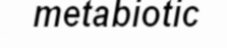
metabiotic